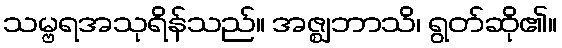
သမ္ဗရအသုရိန်သည်။ အဇ္ဈဘာသိ၊ ရွတ်ဆို၏။